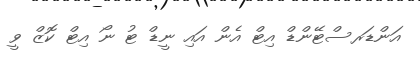
އަންޑަރސްޓޭންޑް އިޓް އެން އައި ނީޑް ޓު ނޯ އިޓް ކޮޒް ވީ